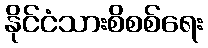
နိုင်ငံသားစိစစ်ရေး